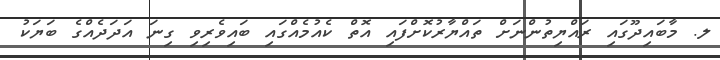
ލ. މާބައިދޫގައި ރައްޔިތުންނަށް ތައްޔާރުކޮށްފައި އޮތް ކެއުމެއްގައި ބައިވެރިވި ގިނަ އަދަދެއްގެ ބަޔަކު